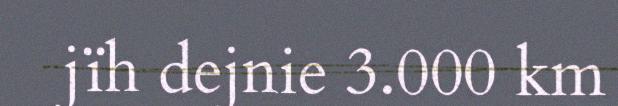
jïh dejnie 3.000 km